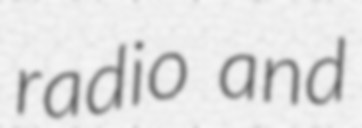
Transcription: radio and